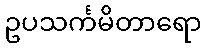
ဥပသင်္ကမိတာရော